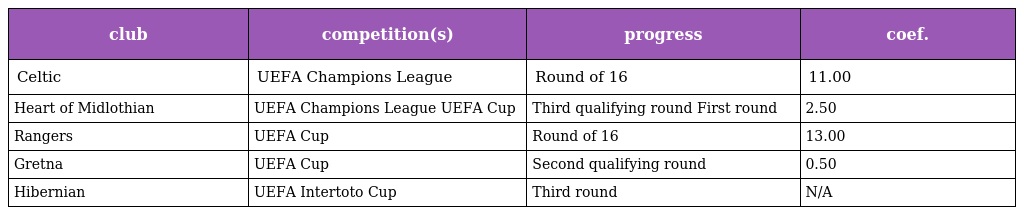
| club | competition(s) | progress | coef. |
 | --- | --- | --- | --- |
 | Celtic | UEFA Champions League | Round of 16 | 11.00 |
 | Heart of Midlothian | UEFA Champions League UEFA Cup | Third qualifying round First round | 2.50 |
 | Rangers | UEFA Cup | Round of 16 | 13.00 |
 | Gretna | UEFA Cup | Second qualifying round | 0.50 |
 | Hibernian | UEFA Intertoto Cup | Third round | N/A |